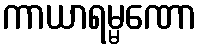
ကာယာရမ္မဏော